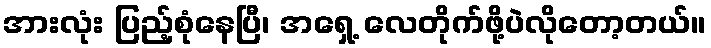
အားလုံး ပြည့်စုံနေပြီ၊ အရှေ့ လေတိုက်ဖို့ပဲလိုတော့တယ်။